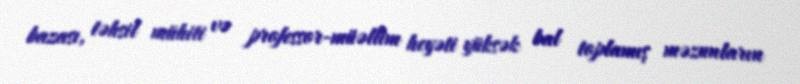
bazası, təhsil mühiti və professor-müəllim heyəti yüksək bal toplamış məzunların